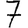
Digit: 7